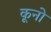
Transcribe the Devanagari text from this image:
कूनो